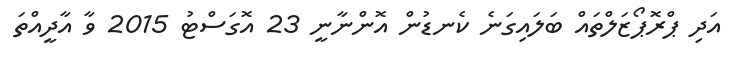
އަދި ޕްރޮޕޯޒަލްތައް ބަލައިގަނެ ކެނޑުން އޮންނާނީ 23 އޮގަސްޓު 2015 ވާ އާދީއްތަ